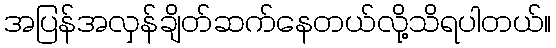
အပြန်အလှန်ချိတ်ဆက်နေတယ်လို့သိရပါတယ်။